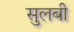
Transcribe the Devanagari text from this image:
सुलबी